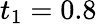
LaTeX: t_{1}=0.8